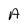
Character: A